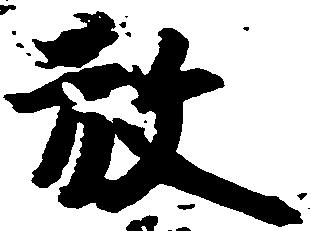
放